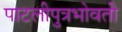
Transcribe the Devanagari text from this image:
पाटलीपुत्रभोवती